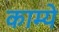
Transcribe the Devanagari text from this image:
काम्ये